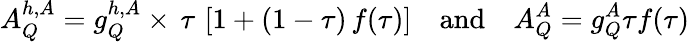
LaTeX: A_{Q}^{h,A}=g_{Q}^{h,A}\times\, \tau\, \left[1+(1-\tau)\, f(\tau)\right]\quad\mathrm{and}\quad A_{Q}^{A}=g_{Q}^{A}\tau f(\tau)